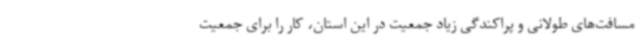
مسافت‌های طولانی و پراکندگی زیاد جمعیت در این استان، کار را برای جمعیت